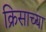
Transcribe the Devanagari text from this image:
क्रिसाच्या